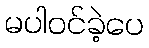
မပါဝင်ခဲ့ပေ